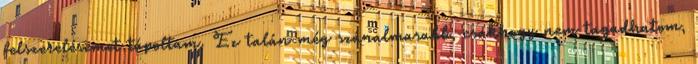
felszerelésemet tápoltam. Ez talán még szánalmasabb, csakhogy nem tagadhatom,